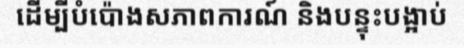
ដើម្បីបំប៉ោងសភាពការណ៍ និងបន្ទុះបង្អាប់